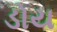
ડોય